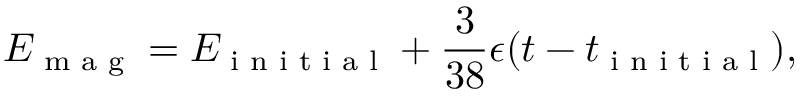
E _ { \textrm { m a g } } = E _ { \textrm { i n i t i a l } } + \frac { 3 } { 3 8 } \epsilon ( t - t _ { \textrm { i n i t i a l } } ) ,